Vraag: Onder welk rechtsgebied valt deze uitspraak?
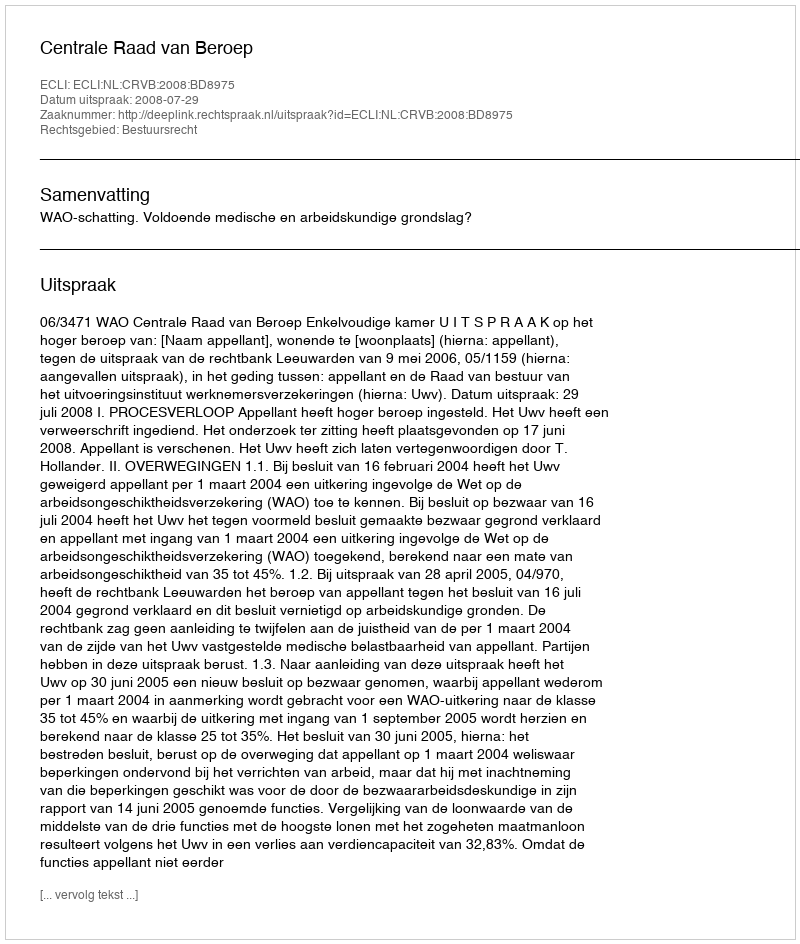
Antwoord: Bestuursrecht